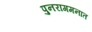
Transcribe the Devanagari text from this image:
पुनरागमनात